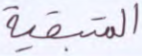
المتبقية